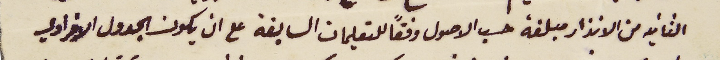
الثانيه من الانذار مبلغة حسب الاصول وفقاً للتعليمات السابقة على ان يكون الجدول الافرادي